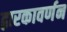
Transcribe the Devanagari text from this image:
द्वारकावर्णन